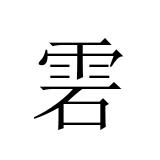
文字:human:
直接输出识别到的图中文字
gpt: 雼